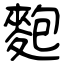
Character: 麭